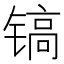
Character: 镐